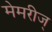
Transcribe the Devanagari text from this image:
मेमरीज्